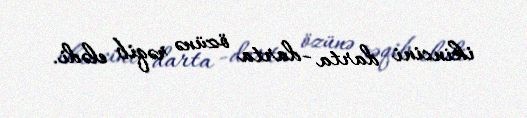
ikincini darta -darta özünə rəqib elədi.